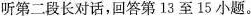
听第二段长对话,回答第13 至 15 小题。